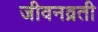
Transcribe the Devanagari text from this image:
जीवनव्रती